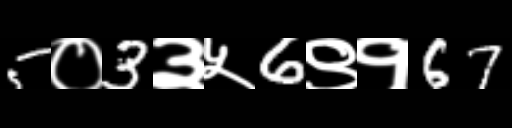
Text: 5०3३५6९१67